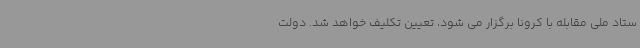
ستاد ملی مقابله با کرونا برگزار می شود، تعیین تکلیف خواهد شد. دولت